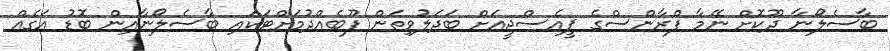
ބާސެލޯނާ ދޫކޮށް ނޭމާ ފްރާންސްގެ ޕީއެސްޖީއަށް ބަދަލުވިތަން ފޫބެއްދުމަށްޓަކައި ބާސެލޯނާއިން ބޮޑު އަގެއް